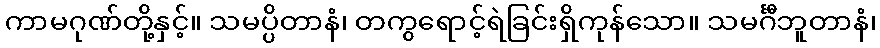
ကာမဂုဏ်တို့နှင့်။ သမပ္ပိတာနံ၊ တကွရောင့်ရဲခြင်းရှိကုန်သော။ သမင်္ဂီဘူတာနံ၊